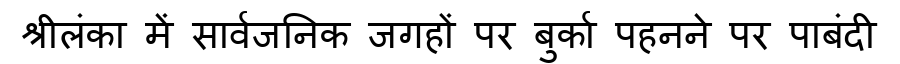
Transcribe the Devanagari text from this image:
श्रीलंका में सार्वजनिक जगहों पर बुर्का पहनने पर पाबंदी